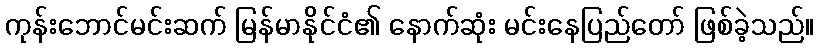
ကုန်းဘောင်မင်းဆက် မြန်မာနိုင်ငံ၏ နောက်ဆုံး မင်းနေပြည်တော် ဖြစ်ခဲ့သည်။